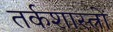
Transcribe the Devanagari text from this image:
तर्कशास्त्रों